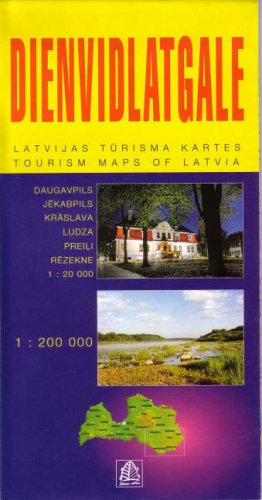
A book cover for Dienvidlatgale: Southern Latgale (Tourism Maps of Latvia); Travel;